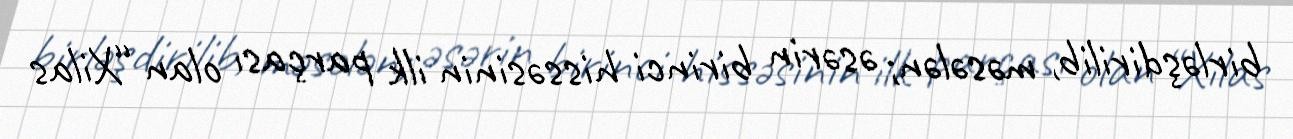
birləşdirilib, məsələn; əsərin birinci hissəsinin ilk parçası olan “Xilas